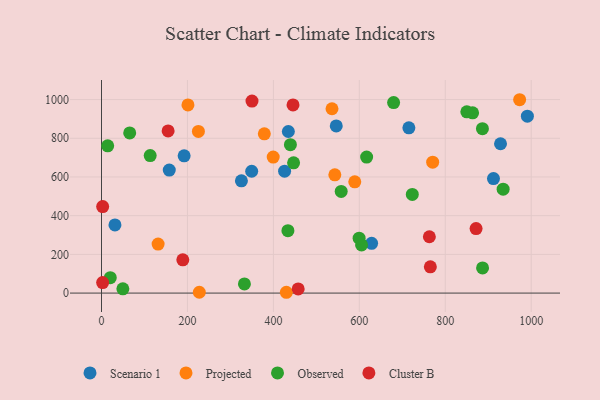
{"axis": {"x": "Investment", "y": "Sales"}, "legend": ["Cluster B", "Observed", "Projected", "Scenario 1"], "data": [{"x": "31.3", "y": 352.2, "type": "Scenario 1"}, {"x": "426.1", "y": 629.8, "type": "Scenario 1"}, {"x": "928.6", "y": 771.8, "type": "Scenario 1"}, {"x": "546.3", "y": 863.8, "type": "Scenario 1"}, {"x": "912.2", "y": 591.7, "type": "Scenario 1"}, {"x": "991.1", "y": 914.3, "type": "Scenario 1"}, {"x": "157.7", "y": 635.5, "type": "Scenario 1"}, {"x": "349.5", "y": 629.5, "type": "Scenario 1"}, {"x": "325.6", "y": 580.2, "type": "Scenario 1"}, {"x": "434.8", "y": 834.9, "type": "Scenario 1"}, {"x": "628.6", "y": 257.3, "type": "Scenario 1"}, {"x": "192.3", "y": 709.5, "type": "Scenario 1"}, {"x": "715.3", "y": 854.2, "type": "Scenario 1"}, {"x": "378.9", "y": 823.0, "type": "Projected"}, {"x": "430.2", "y": 4.2, "type": "Projected"}, {"x": "201.2", "y": 972.2, "type": "Projected"}, {"x": "589.4", "y": 574.9, "type": "Projected"}, {"x": "770.7", "y": 676.5, "type": "Projected"}, {"x": "536.4", "y": 952.5, "type": "Projected"}, {"x": "225.5", "y": 835.2, "type": "Projected"}, {"x": "543.0", "y": 610.9, "type": "Projected"}, {"x": "227.6", "y": 4.4, "type": "Projected"}, {"x": "131.7", "y": 253.3, "type": "Projected"}, {"x": "399.6", "y": 703.1, "type": "Projected"}, {"x": "973.1", "y": 999.2, "type": "Projected"}, {"x": "723.3", "y": 510.0, "type": "Observed"}, {"x": "439.6", "y": 766.9, "type": "Observed"}, {"x": "863.6", "y": 931.3, "type": "Observed"}, {"x": "433.8", "y": 322.4, "type": "Observed"}, {"x": "49.7", "y": 22.0, "type": "Observed"}, {"x": "20.4", "y": 79.4, "type": "Observed"}, {"x": "557.8", "y": 525.1, "type": "Observed"}, {"x": "679.8", "y": 984.5, "type": "Observed"}, {"x": "65.6", "y": 827.6, "type": "Observed"}, {"x": "447.0", "y": 673.0, "type": "Observed"}, {"x": "332.6", "y": 47.4, "type": "Observed"}, {"x": "605.2", "y": 249.1, "type": "Observed"}, {"x": "599.5", "y": 283.9, "type": "Observed"}, {"x": "850.2", "y": 936.5, "type": "Observed"}, {"x": "886.8", "y": 129.9, "type": "Observed"}, {"x": "886.5", "y": 849.8, "type": "Observed"}, {"x": "113.3", "y": 710.8, "type": "Observed"}, {"x": "14.4", "y": 760.8, "type": "Observed"}, {"x": "617.0", "y": 702.9, "type": "Observed"}, {"x": "934.7", "y": 537.0, "type": "Observed"}, {"x": "445.7", "y": 972.5, "type": "Cluster B"}, {"x": "155.0", "y": 837.9, "type": "Cluster B"}, {"x": "350.2", "y": 992.1, "type": "Cluster B"}, {"x": "2.6", "y": 54.3, "type": "Cluster B"}, {"x": "2.7", "y": 446.8, "type": "Cluster B"}, {"x": "189.2", "y": 171.8, "type": "Cluster B"}, {"x": "457.7", "y": 21.4, "type": "Cluster B"}, {"x": "763.0", "y": 291.1, "type": "Cluster B"}, {"x": "765.3", "y": 135.7, "type": "Cluster B"}, {"x": "871.7", "y": 333.2, "type": "Cluster B"}]}